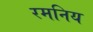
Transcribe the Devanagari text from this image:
रमनिय